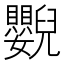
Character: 𦦿